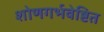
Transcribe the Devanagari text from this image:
शोणगर्भवेष्टित